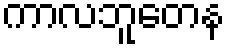
ကာလဘူတေန